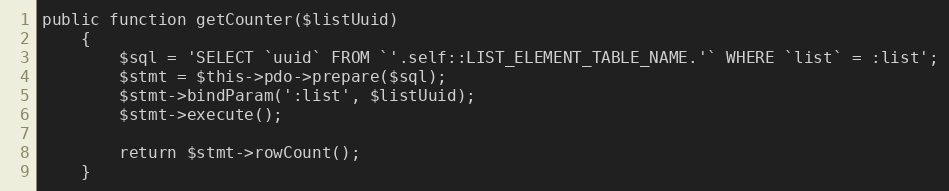
Language: PHP
public function getCounter($listUuid)
    {
        $sql = 'SELECT `uuid` FROM `'.self::LIST_ELEMENT_TABLE_NAME.'` WHERE `list` = :list';
        $stmt = $this->pdo->prepare($sql);
        $stmt->bindParam(':list', $listUuid);
        $stmt->execute();

        return $stmt->rowCount();
    }